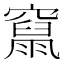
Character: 𥨥